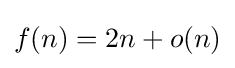
f(n)=2n+o(n)